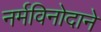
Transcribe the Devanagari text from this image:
नर्मविनोदाने